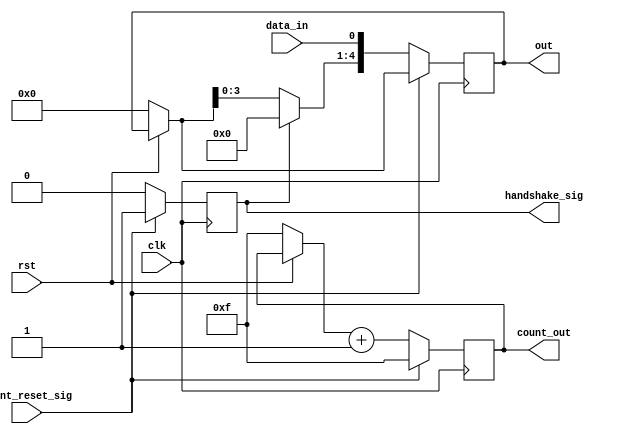
module data_in(
input rst,
input clk,
input data_in,
input count_reset_sig,
output reg [4:0] out,
output reg [3:0] count_out,
output reg handshake_sig
//output reg clk_div	// ADD THIS TO TOP MOD PORT
	 
    );
reg [36:0] count; 	
 

    always@(posedge clk)
    begin
        if(!rst)
            begin
                out = 5'b00000;       
                count_out = 4'b1111;     
            end
            begin
                if(count_reset_sig)  
                    begin
                        count_out = 4'hf;
								handshake_sig = 1'b1;
                    end
                else
                    begin
								if(handshake_sig)
									begin
										out = 5'b00000;
										handshake_sig = 1'b0;
									end
                        out = {out[3:0], data_in};
                        count_out = count_out + 1; 
                        								
                    end
            end
    end
endmodule